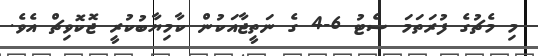
މި މެޗުގެ ފުރަތަމަ ސެޓު 6-4 ގެ ނަތީޖާއަކުން ކާމިޔާބުކުރީ ޖޮކޮވިޗް އެވެ.